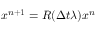
\boldsymbol { x } ^ { n + 1 } = R ( \Delta t \lambda ) \boldsymbol { x } ^ { n }